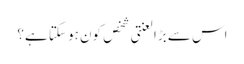
اس سے بڑا لعنتی شخص کون ہو سکتا ہے؟